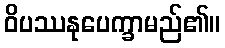
ဝိပဿနုပေက္ခာမည်၏။